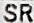
SR